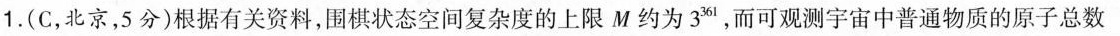
1.(C，北京，5分)根据有关资料，围棋状态空间复杂度的上限M约为3^{361}，而可观测宇宙中普通物质的原子总数lg3≈0.48)A.103 B.10° C.103 D.10°